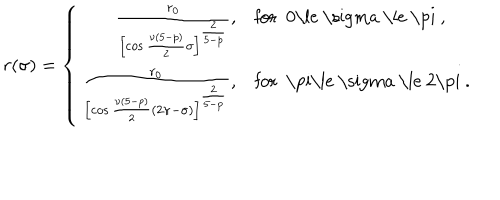
r ( \sigma ) = \left\{ \begin{array} { r l } { { \frac { r _ { 0 } } { \left[ \cos \frac { \nu ( 5 - p ) } { 2 } \sigma \right] ^ { \frac { 2 } { 5 - p } } } , } } & { { \mathrm { f o r ~ 0 \le ~ \ s i g m a ~ \le ~ \ p i ~ , } } } \\ { { \frac { r _ { 0 } } { \left[ \cos \frac { \nu ( 5 - p ) } { 2 } ( 2 \pi - \sigma ) \right] ^ { \frac { 2 } { 5 - p } } } , } } & { { \mathrm { f o r ~ \ p i \le ~ \ s i g m a ~ \le ~ 2 \ p i ~ . } } } \\ \end{array} \right.